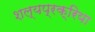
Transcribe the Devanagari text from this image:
शल्यप्रक्रिया